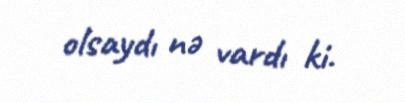
olsaydı nə vardı ki.